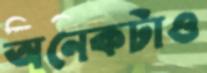
অনেকটাও